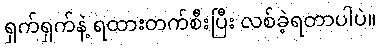
ရှက်ရှက်နဲ့ ရထားတက်စီးပြီး လစ်ခဲ့ရတာပါပဲ။